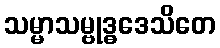
သမ္မာသမ္ဗုဒ္ဓဒေသိတေ